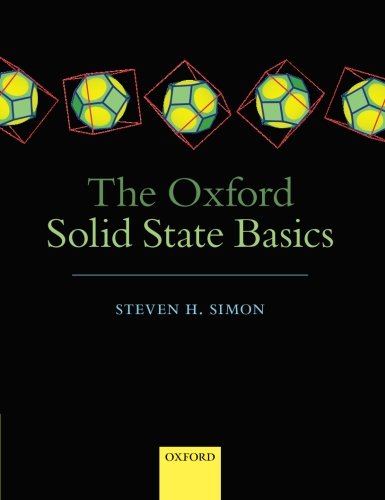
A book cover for The Oxford Solid State Basics; Steven H. Simon; Science & Math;